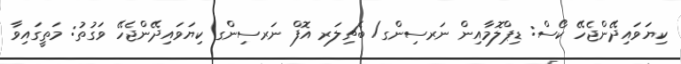
ކިޔަވައިދޭންޖެހޭ ކޯސް: ޑިޕްލޮމާއިން ނަރސިންގ/ ބެޗިލަރ އޮފް ނަރސިންގ ކިޔަވައިދޭންޖެހޭ ވަގުތު: މަތީގައިވާ